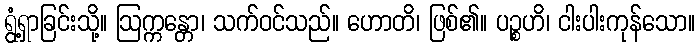
ရွံ့ရှာခြင်းသို့။ ဩက္ကန္တော၊ သက်ဝင်သည်။ ဟောတိ၊ ဖြစ်၏။ ပဉ္စဟိ၊ ငါးပါးကုန်သော။